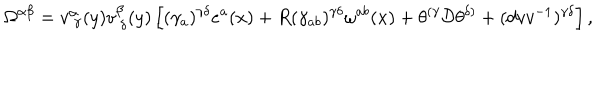
\Omega ^ { \alpha \beta } = v _ { ~ \gamma } ^ { \alpha } ( y ) v _ { ~ \delta } ^ { \beta } ( y ) \left[ ( \gamma _ { a } ) ^ { \gamma \delta } e ^ { a } ( x ) + R ( \gamma _ { a b } ) ^ { \gamma \delta } \omega ^ { a b } ( x ) + \theta ^ { ( \gamma } { \cal D } \theta ^ { \delta ) } + ( d v v ^ { - 1 } ) ^ { \gamma \delta } \right] ,